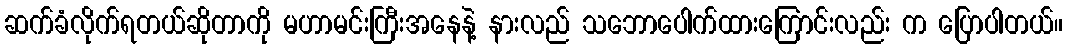
ဆက်ခံလိုက်ရတယ်ဆိုတာကို မဟာမင်းကြီးအနေနဲ့ နားလည် သဘောပေါက်ထားကြောင်းလည်း က ပြောပါတယ်။